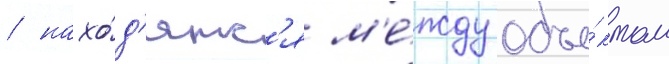
/ нахо́д'ятс'я м'е́жду объе́ктом